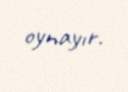
oynayır.